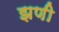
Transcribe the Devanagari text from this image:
झणी